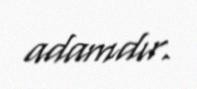
adamdır.